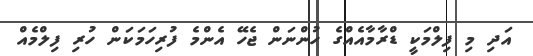
އަދި މި ފިލްމަކީ ޑްރާމާއެއްގެ ހުންނަން ޖެހޭ އެންމެ ފުރިހަމަކަން ހުރި ފިލްމެއް